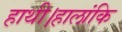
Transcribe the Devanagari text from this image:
हाथी।हालांकि